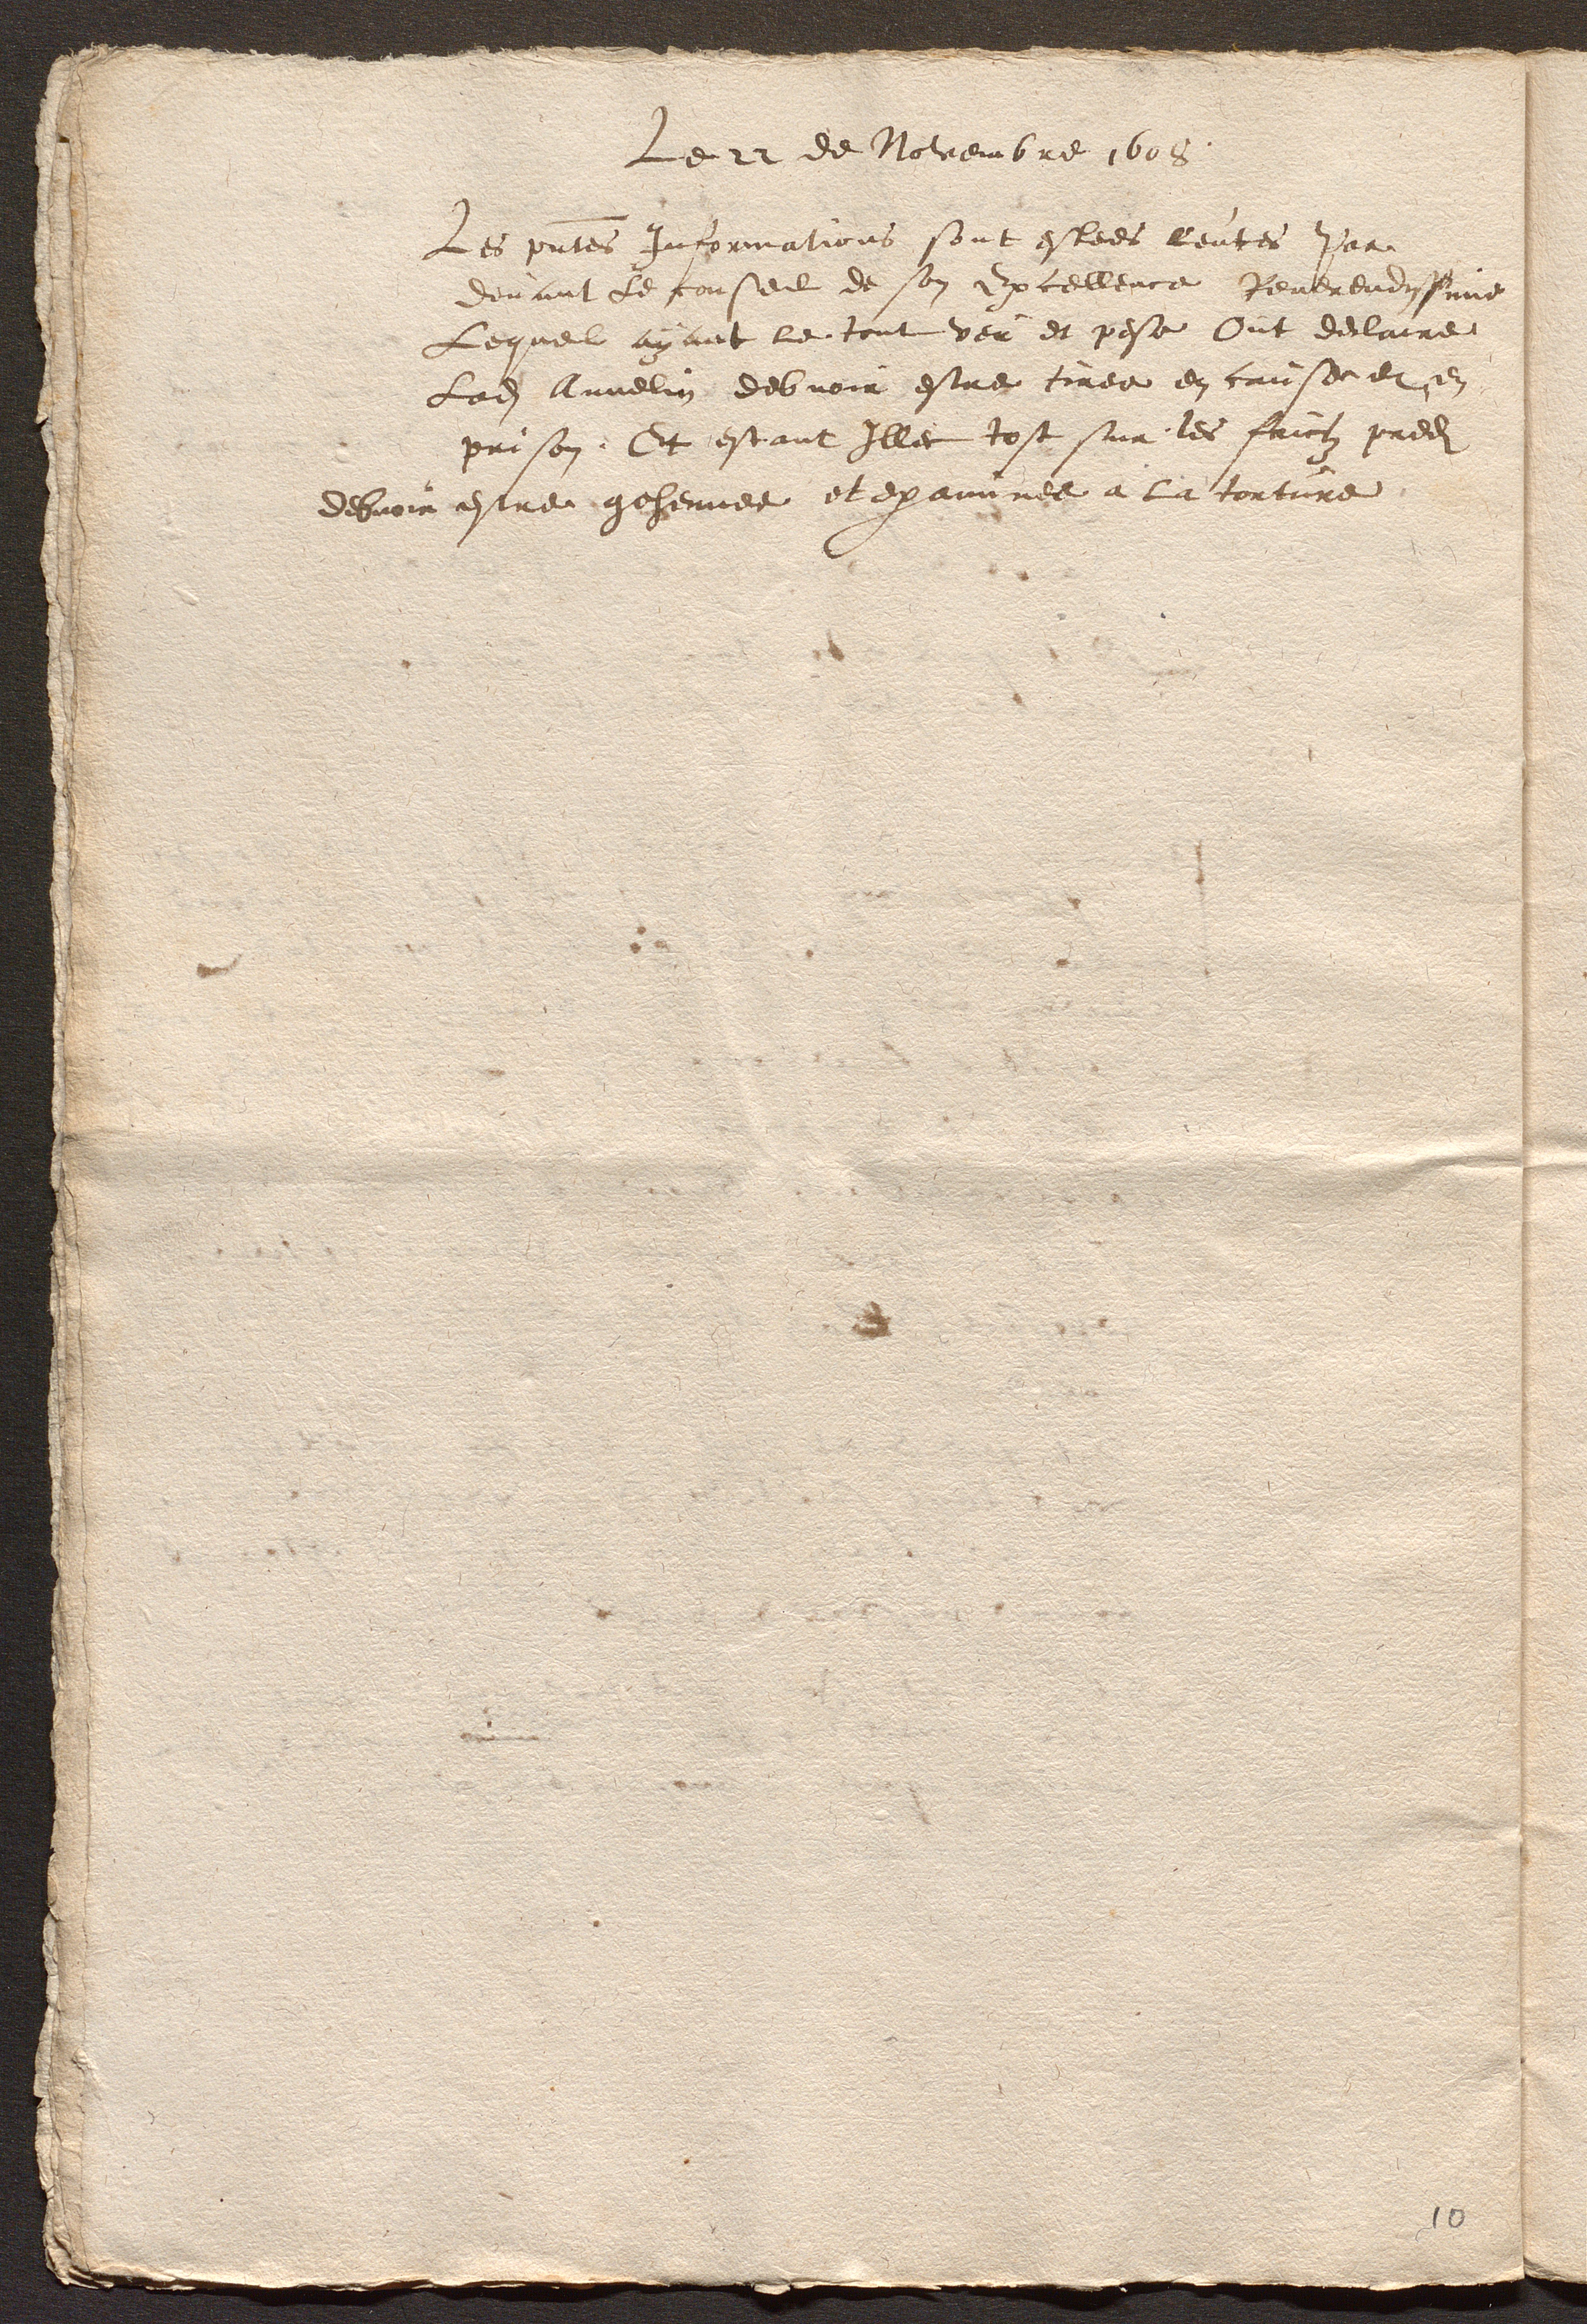
Le 22 de Novembre 1608.
Les presentes Informations sont estees leutes Par
devant Le conseil de son Excellence Reverendissime
Lequel ayant le tout veu et pese Ont declaire
ladite Annelin debvoir estre tiree en cause et en
prison. Et estant Illec tost sur les faictz predits
debvoir estre gehennee et examinee a la torture.